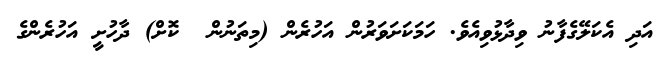
އަދި އެކަލޭގެފާނު ވިދާޅުވިއެވެ. ހަމަކަށަވަރުން އަހުރެން (މިތަނުން  ކޮށް) ދާހުށީ އަހުރެންގެ